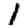
Digit: 1